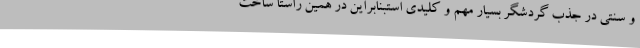
و سنتی در جذب گردشگر بسیار مهم و کلیدی استبنابراین در همین راستا ساخت